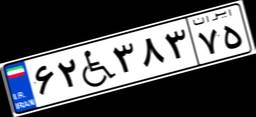
۴۵W۷۷۶۵۰